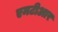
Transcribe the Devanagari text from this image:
एमटीआर